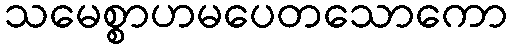
သမေစ္စာဟမပေတသောကော